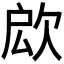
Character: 𣢵